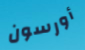
أورسون